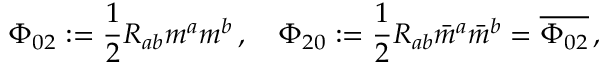
\Phi _ { 0 2 } : = { \frac { 1 } { 2 } } R _ { a b } m ^ { a } m ^ { b } \, , \quad \Phi _ { 2 0 } : = { \frac { 1 } { 2 } } R _ { a b } { \bar { m } } ^ { a } { \bar { m } } ^ { b } = { \overline { { \Phi _ { 0 2 } } } } \, ,